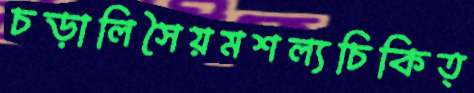
চড়ালিসৈয়মশল্যচিকিত্